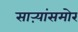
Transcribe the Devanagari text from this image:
साऱ्यांसमोर